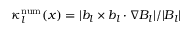
\kappa _ { l } ^ { \mathrm { n u m } } ( \boldsymbol { x } ) = \vert \boldsymbol { b _ { l } } \times \boldsymbol { b _ { l } } \cdot \boldsymbol { \nabla } \boldsymbol { B _ { l } } \vert / \vert \boldsymbol { B _ { l } } \vert